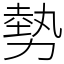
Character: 勢